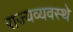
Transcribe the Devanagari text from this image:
राज्यव्यवस्थे